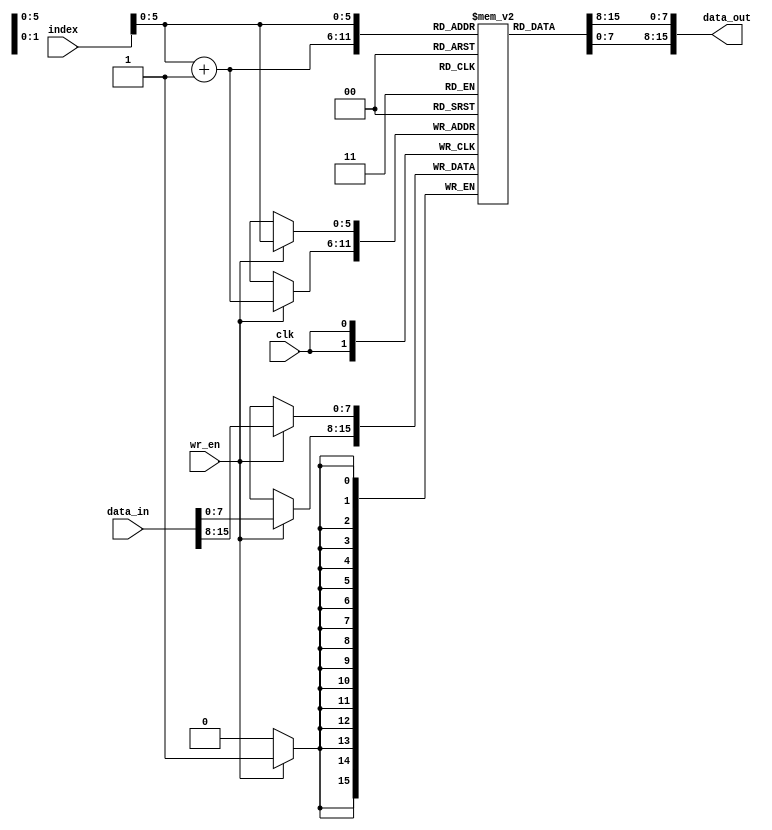
`timescale 1ns / 1ps
`define MEM_WIDTH 8
`define WORD_WIDTH 16
`define MEM_DEPTH 64




module memorybankNode(
    clk, wr_en, index, data_in, data_out
);

    input                           clk, wr_en;
    //input   [5:0]                   index;
    input   [`WORD_WIDTH-1:0]       index;
    input   [`WORD_WIDTH-1:0]       data_in;
    output  [`WORD_WIDTH-1:0]       data_out;

    // initialize memory array

    reg [`MEM_WIDTH-1:0] memory [0:`MEM_DEPTH-1];

    integer i;
    initial begin
        for(i=0;i<64;i=i+1) begin
            memory[i] = 0;
        end
    end

    // read port
    reg [`WORD_WIDTH-1:0] data_out_buf;

    always@(*)
        data_out_buf <= {memory[index], memory[index+1]};
    
    

    always@(posedge clk) begin
        if(wr_en) begin
            memory[index] <= data_in[15:8];
            memory[index+1] <= data_in[7:0];
        end
    end

    assign data_out = data_out_buf;
endmodule